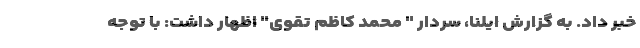
خبر داد. به گزارش ایلنا، سردار " محمد کاظم تقوی" اظهار داشت: با توجه